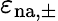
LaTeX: \varepsilon_{\mathrm{n{a},\pm}}